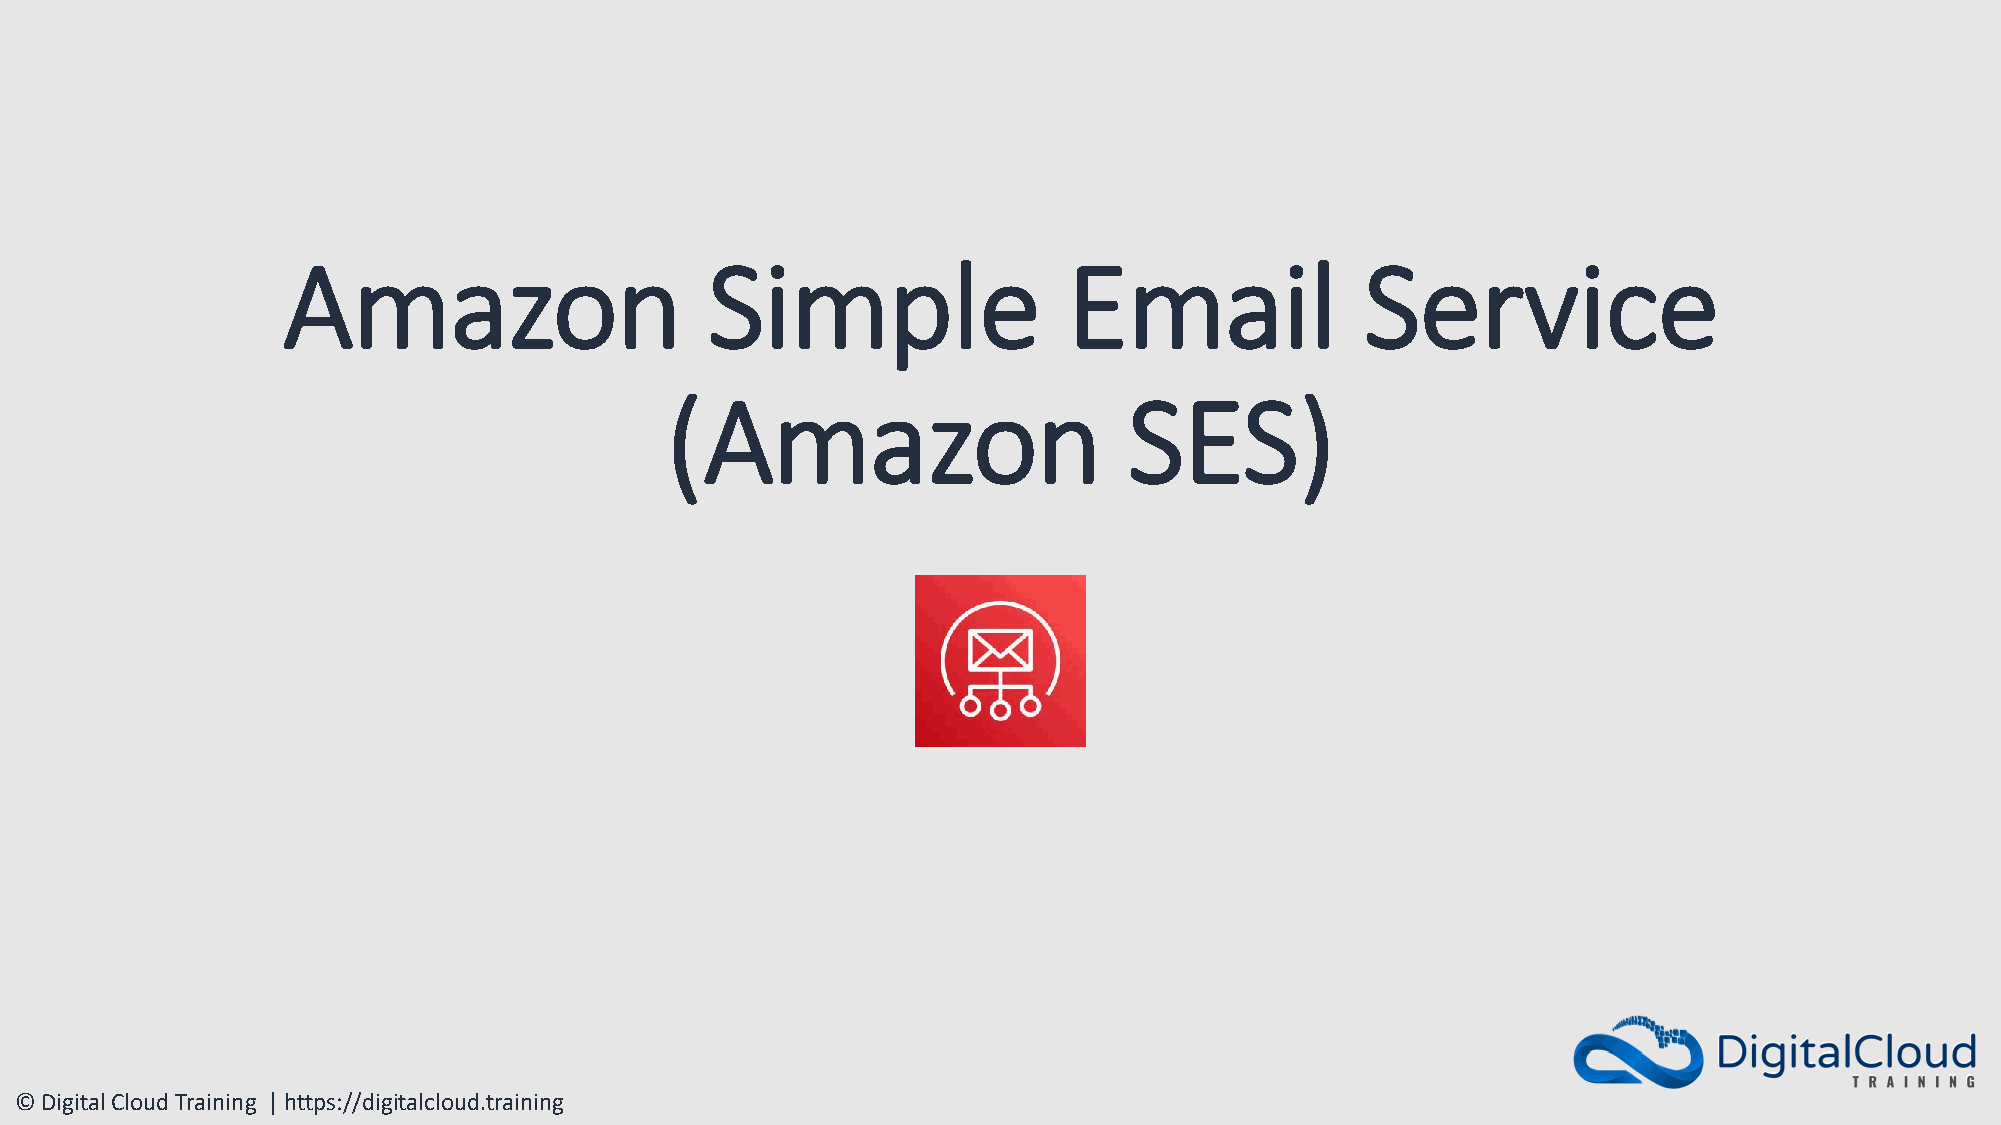
Amazon                      Simple                  Email              Service
 (Amazon                        SES)
 © Digital Cloud Training | https://digitalcloud.training